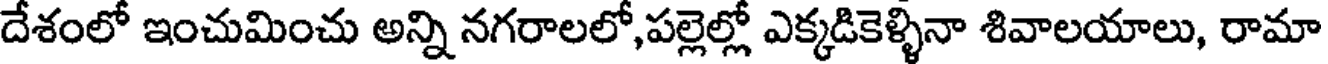
దేశంలో ఇంచుమించు అన్ని నగరాలలో,పల్లెల్లో ఎక్కడికెళ్ళినా శివాలయాలు, రామా